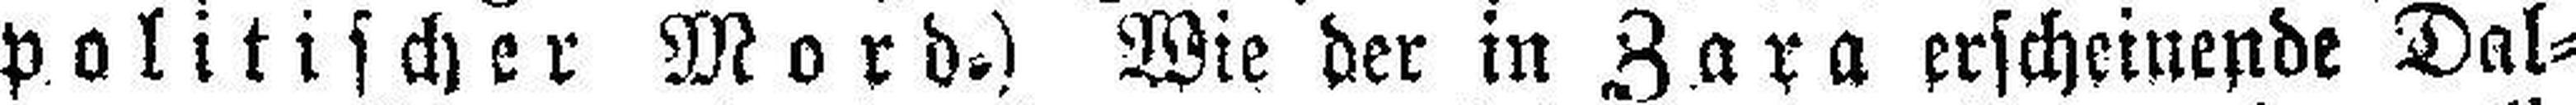
politischer Mord.) Wie der in Zara erscheinende Dal¬